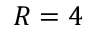
R = 4